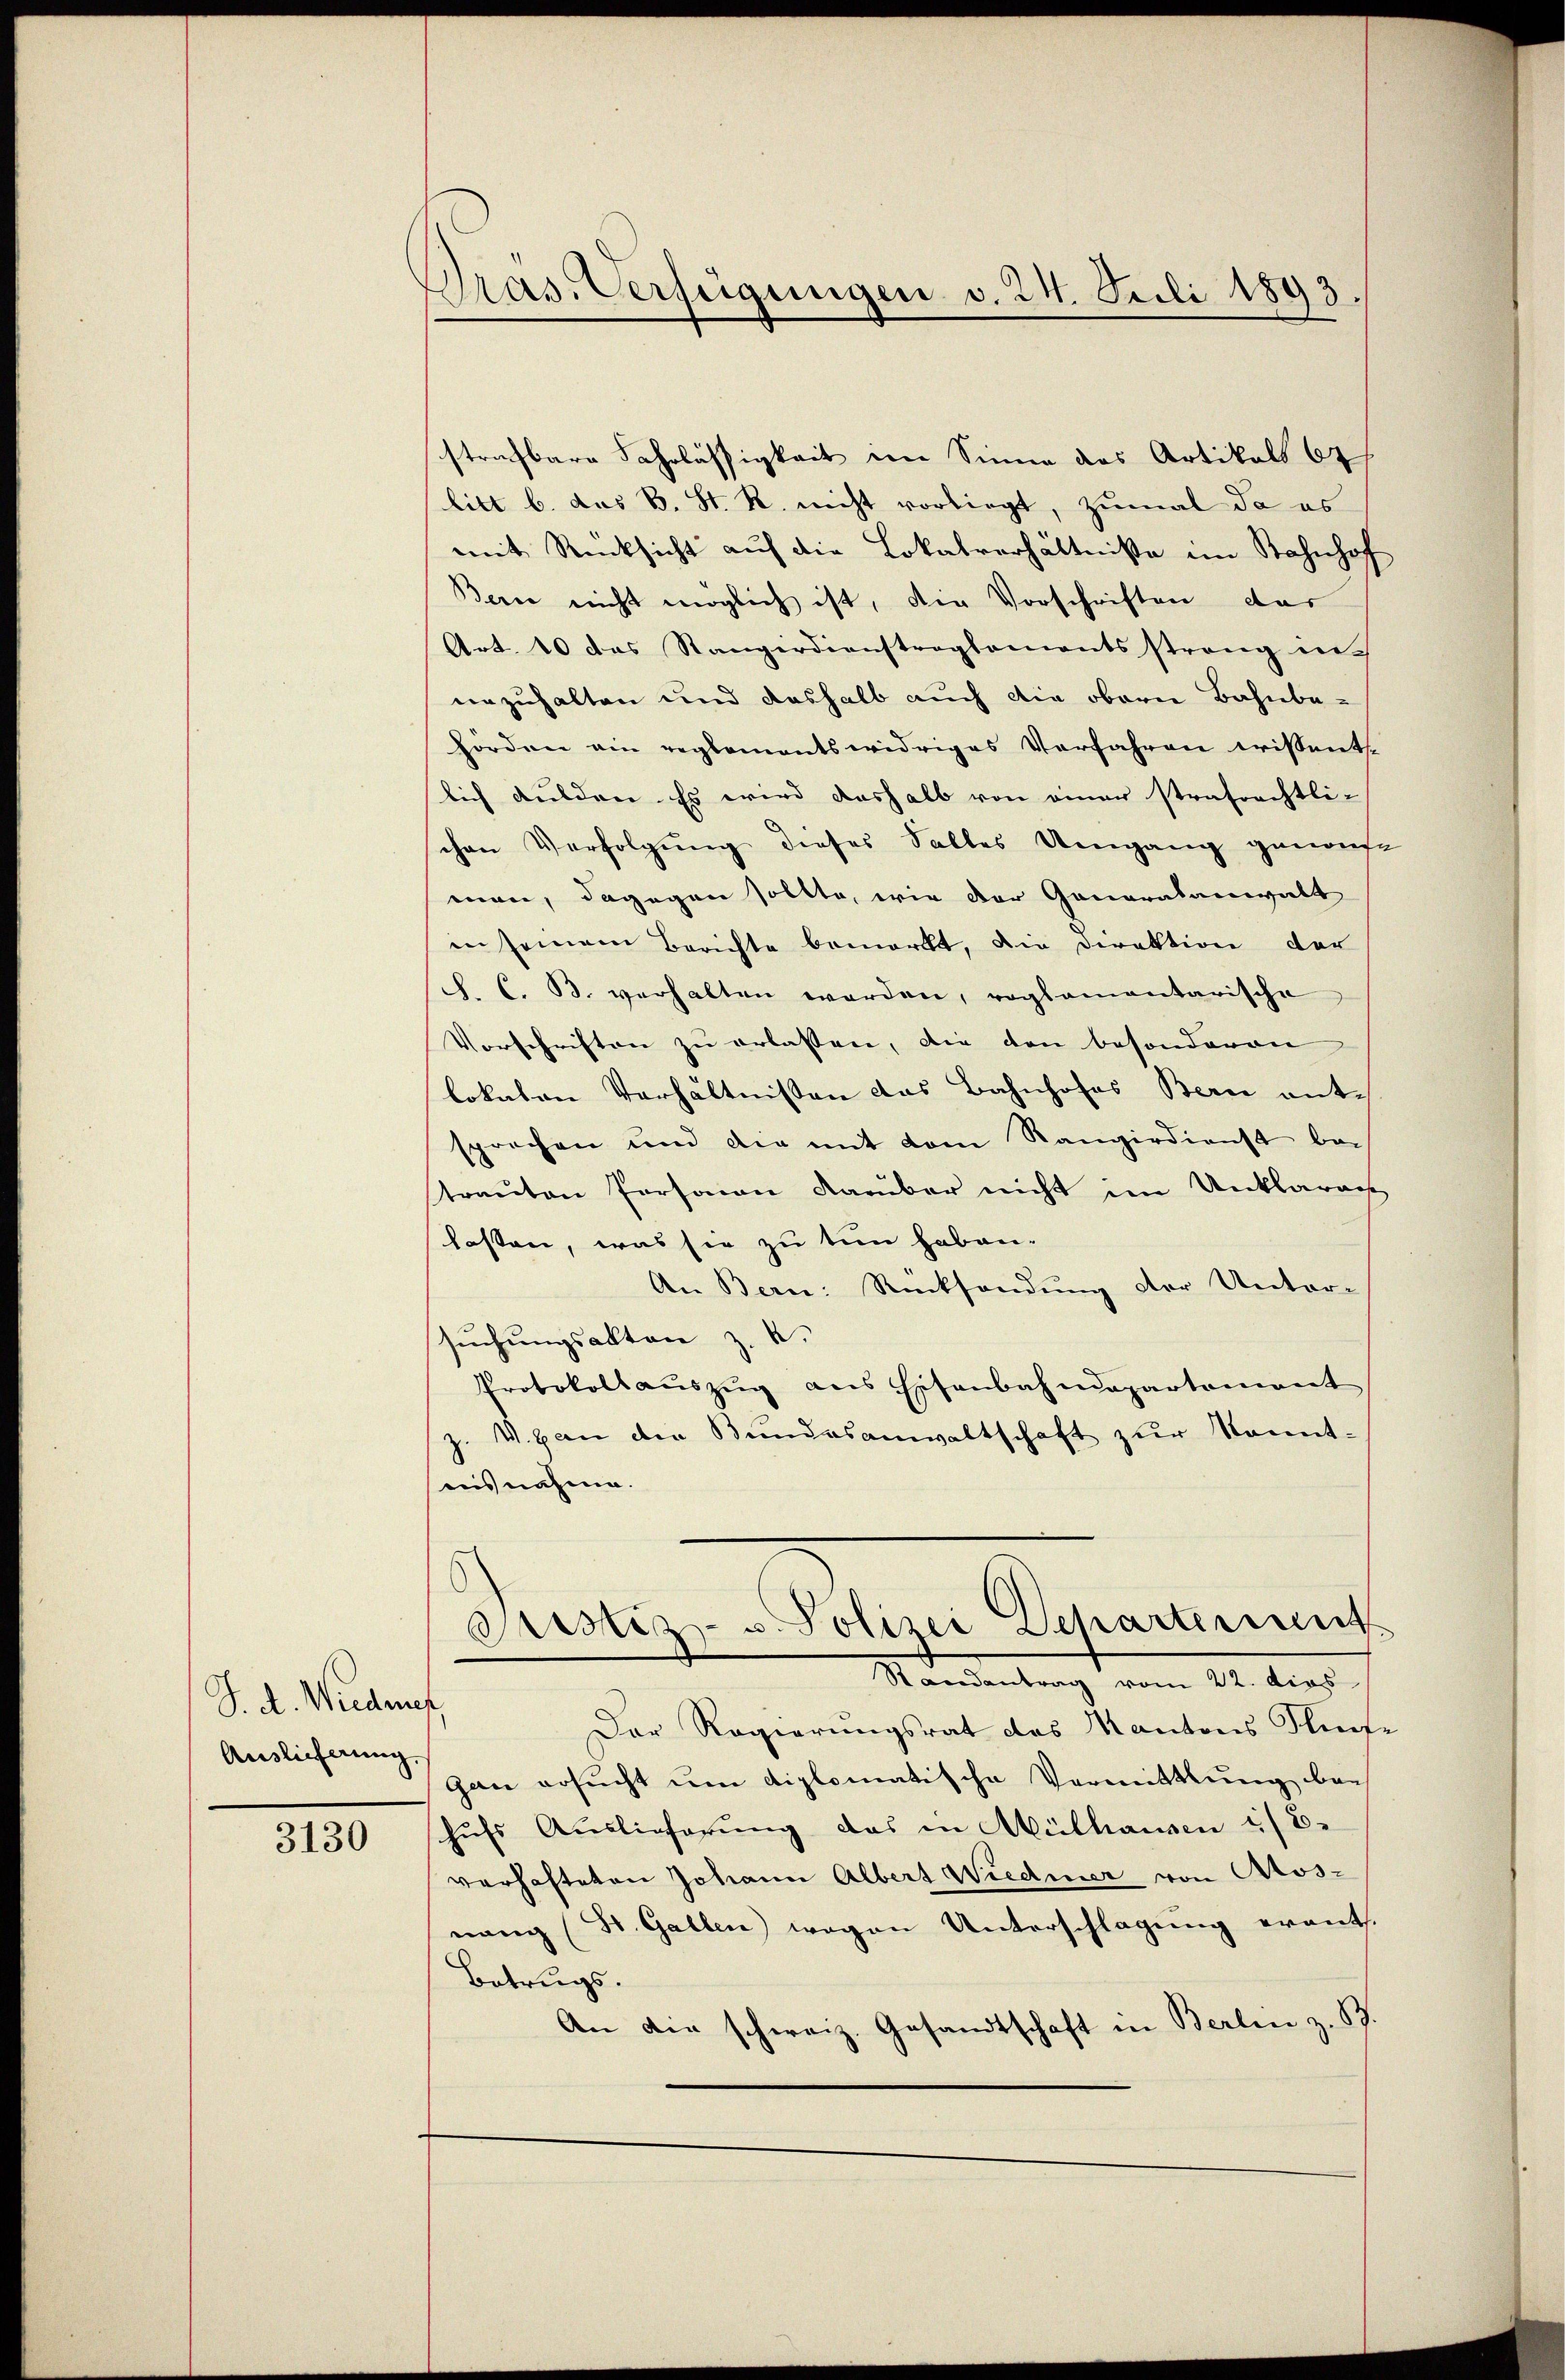
S. d. Wiedenf
Auslieferung

3130

Pras. Verfügungen v. 24. Juli 1893

strafbare Fahrlässigkeit im Sinne das Artikals 67
litt b. das B. St. R. nicht vorliegt, zumal da es
mit Rücksicht auf die Lokalverhältniße im Bahnhof
Bern nicht möglich ist, die Vorschriften das
Art. 10 das Stangirdienstreglements streng in
urzuhalten und deshalb auch die obern Bahnbe-
hörden ein reglementswidriges Verfahren wissent.
lich dulden. Es wird deshalb von einer strafrechtli-
chen Verfolgung dieses Salles Umgang genauf
man, dagegen sollte, wie der Generalanwalt
in seinem Berichte bemerkt, die Direktion der
J. C. B. verhalten werden, roglamantarische
Vorschriften zu erlassen, die von besonderen
lokalen Verhältnissen das Bahnhofes Bern entsprechen und die mit dem Rangirdienst bei
trauten Personau darüber nicht im Unklara
lasten, was sie zu tun haben.
An Bern: Rücksendung der Unter-
suchungsakten z. B.
Protokollauszug aus Eisenbahndepartement
J. V. an der Bŭndesanwaltschaft zŭr kannt-
ausnahme.
Justiz- u. Polizei Departerient
Standenburg vom 22. dies
Der Regierungsrat des Kantons Stet
gan ersŭcht ŭm diplomatische Vermittlung bei
hufs Auslieferung das in Mülhausen :/ 8.
verhafteten Johann Albert Wiedener von Aos-
nang (St. Gallen) wegen Unterschlagung erants.
Betrugs.
An die schweiz. Gesandtschaft in Berlin z. B.